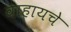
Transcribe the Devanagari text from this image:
वाहायचे